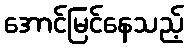
အောင်မြင်နေသည့်